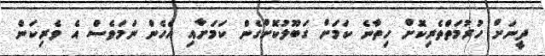
ދީނަށް ހުރުމަތްތެރިކޮށް ހިތާނެ ކަމަށް ގަބޫލުކޮށްގެން ކަމަށާއި އެހެން ނަމަވެސް އެ ވެރިކަން